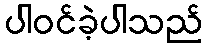
ပါဝင်ခဲ့ပါသည်